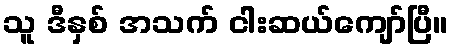
သူ ဒီနှစ် အသက် ငါးဆယ်ကျော်ပြီ။